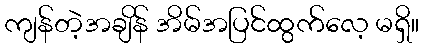
ကျန်တဲ့အချိန် အိမ်အပြင်ထွက်လေ့ မရှိ။